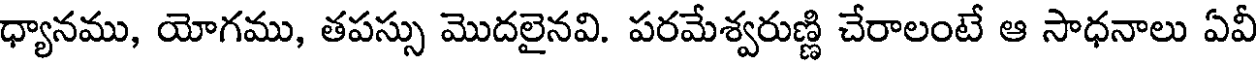
ధ్యానము, యోగము, తపస్సు మొదలైనవి. పరమేశ్వరుణ్ణి చేరాలంటే ఆ సాధనాలు ఏవీ